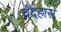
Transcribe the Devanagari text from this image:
चँदहास